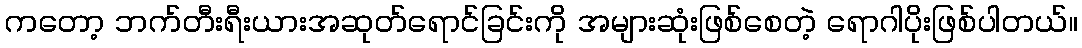
ကတော့ ဘက်တီးရီးယားအဆုတ်ရောင်ခြင်းကို အများဆုံးဖြစ်စေတဲ့ ရောဂါပိုးဖြစ်ပါတယ်။